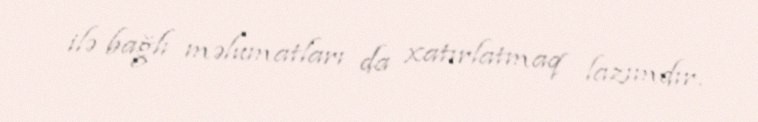
ilə bağlı məlumatları da xatırlatmaq lazımdır.